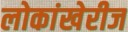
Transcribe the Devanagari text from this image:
लोकांखेरीज